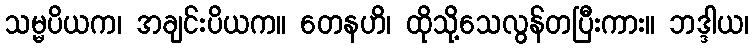
သမ္မပိယက၊ အချင်းပိယက။ တေနဟိ၊ ထိုသို့သေလွန်တပြီးကား။ ဘဒ္ဒါယ၊